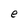
Character: e